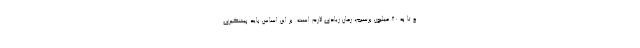
و تا به ۸۰ میلیون برسیم، زمان زیادی لازم است. بر این اساس باید پیشگیری